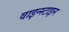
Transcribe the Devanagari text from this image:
वाइन्स्टाइन